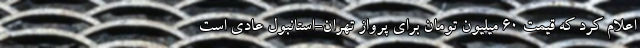
اعلام کرد که قیمت ۶۰ میلیون تومان برای پرواز تهران-استانبول عادی است